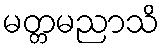
မတ္တမညာသိ